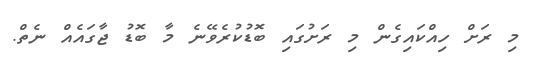
މި ރަށް ހިއްކައިގެން މި ރަށުގައި ބޮޑުކުރެވޭނެ މާ ބޮޑު ޖާގައެއް ނެތް.